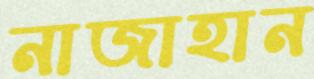
নাজাহান